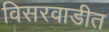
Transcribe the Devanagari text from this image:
विसरवाडीत